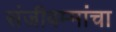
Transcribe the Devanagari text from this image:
संजीवम्मांचा